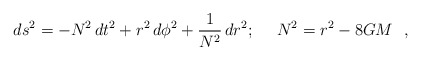
\begin{align*}ds^2 = - N^2 \, dt^2 + r^2 \, d\phi^2 + {1 \over N^2} \, dr^2;~~~~ N^2= r^2 - 8 GM\ \ ,\end{align*}